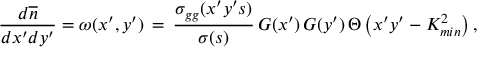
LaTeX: \frac { d \overline { { n } } } { d x ^ { \prime } d y ^ { \prime } } = \omega ( x ^ { \prime } , y ^ { \prime } ) \, = \, \frac { \sigma _ { g g } ( x ^ { \prime } y ^ { \prime } s ) } { \sigma ( s ) } \, G ( x ^ { \prime } ) \, G ( y ^ { \prime } ) \, \Theta \left( x ^ { \prime } y ^ { \prime } - K _ { m i n } ^ { 2 } \right) ,